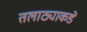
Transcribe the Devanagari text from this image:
तलाठ्याकडे